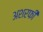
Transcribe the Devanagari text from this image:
अशरफी